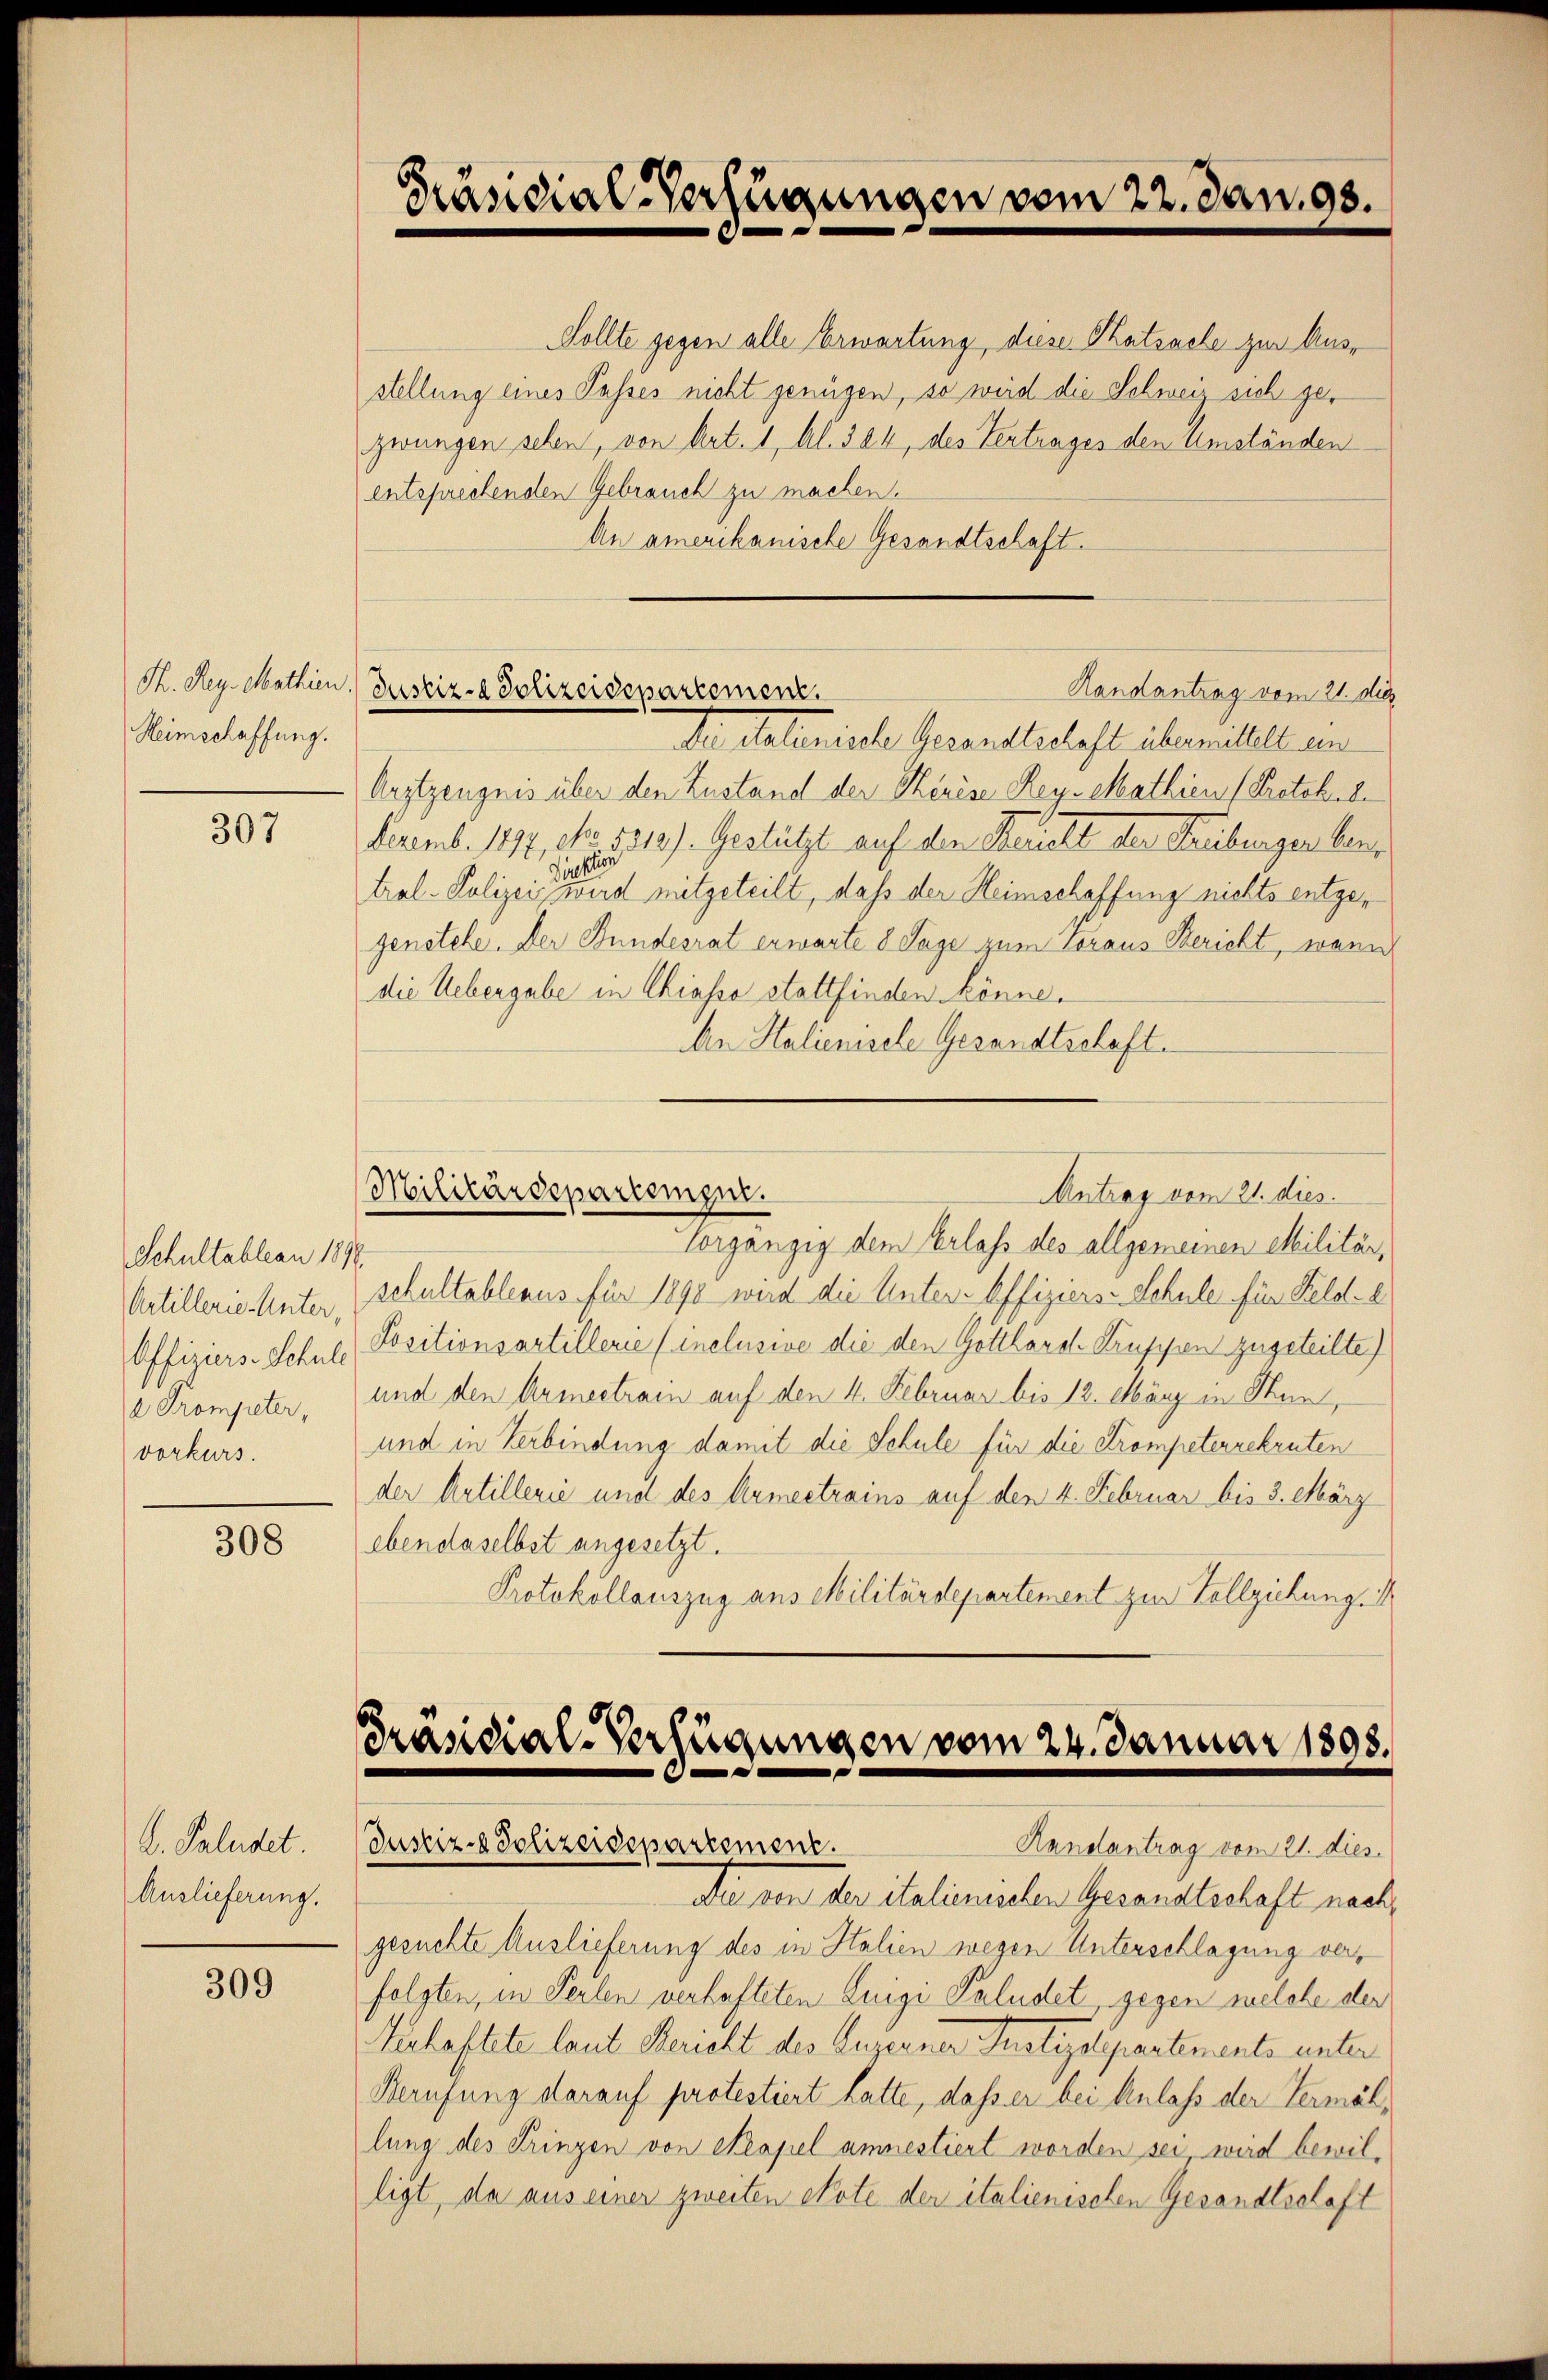
Heimschaffung.

307

Schultableau 1890.
Artillerie-Unter,
Offiziers-Schule
a Trompeter,
vorkurs.

308

L. Paludet
Auslieferung.

309

stellung eines Passes nicht genügen, so weid die Schweis sich gezwungen sehen, von Art. 1, Al. 324, des Vertrages den Umständen
entsprechenden Gebrauch zu machen.
An amerikanische Gesandtschaft.

Arztzeugnis über den Zustand der Kerèse Rey-Mathien (Protokol
Dezemb. 1892, No 5312). Gestützt auf den Bericht der Freibungen ben
Prektion
tral- Polizei wird mitgeteilt, daß der Heimschaffung nichts entgegenstehe. Der Bundesrat erwarte 8 Tage zum Voraus Bericht, wann
die Uebergabe in Chiasso stattfinden könne.
An Halienische Gesandtschaft.

Präsidial-Verfügungen vom 22. Jan. 98.

Sollte gegen alle Erwartung, diese Ratsache zur Aus¬

K. Reg. Mathien.) Zustiz- & Polizeidepartement.
Randantrag vom 21. die
Die Materische Gesandtschaft übermittelt an

Militärdepartenger.
Antrag vom 21. dies

Vorgängig dem Verlass des allgemeinen Militär,
schultableaus für 1898 wird die Unter-Offiziers-Schule für Feld-
Positionsartillerie (inclusive die den Gottharch Truppen zugeteilte)
und den Armeetrain auf den 4. Februar bis 12. März in Sten,
und in Verbindung damit die Schule für die Trompetenrekruten
der Artillerie und des Armeetrains auf den 4. Februar bis 3. März
ebendaselbst angesetzt.
Protokollauszug aus Militärdepartement zur Vollziehung

Präsidial-Verfügungen vom 24. Januar 1898.
Justiz- & Polizeidepartement.
Handantrag vom 21. dies

Da den der italienischen Gesandtschaft nach,
gesuchte Auslieferung des in Halien wegen Unterschlagung verfolgten, in Perlen verhafteten Luigi Paludet, gegen welche der
Gerhaftete laut Bericht des Guserner Justizdepartements unter¬
Berufung darauf protestiert hatte, dass er bei Anlass der Vermählung des Prinzen von Neapel annestiert worden sei wird bewilligt, da aus einer zweiten Note der italienischen Gesandtschaft